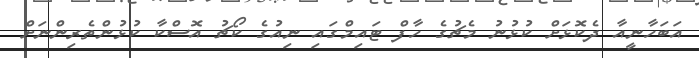
އަބަހާނީއާ ދެކޮޅަށް ކުޅުނު މެޗުގެ ހާފް ޓައިމްގައި ނިއުގެ ކޯޗު އޮސްކާ ކުޅުންތެރިންނަށް